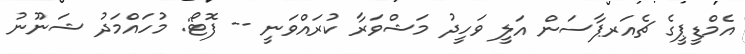
އެމްޑީޕީގެ ޗެއަރޕާސަން އަލީ ވަހީދު މަޝްވަރާ ކުރައްވަނީ -- ފޮޓޯ: މުހައްމަދު ޝަނޫނު